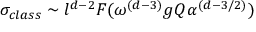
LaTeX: \sigma _ { c l a s s } \sim l ^ { d - 2 } F ( \omega ^ { ( d - 3 ) } g Q \alpha ^ { ( d - 3 / 2 ) } )